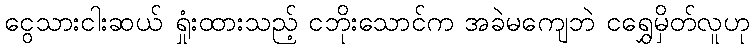
ငွေသားငါးဆယ် ရှုံးထားသည့် ငဘိုးသောင်က အခဲမကျေဘဲ ငရွှေမှိတ်လူဟု